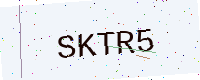
Text: SKTR5